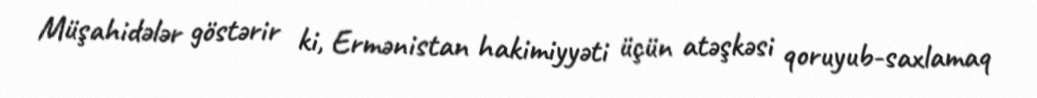
Müşahidələr göstərir ki, Ermənistan hakimiyyəti üçün atəşkəsi qoruyub-saxlamaq